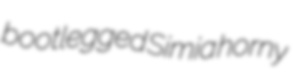
bootlegged Simia horny